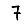
Digit: 7